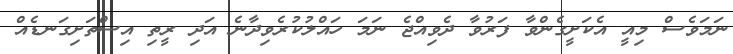
ނަމަވެސް މިއީ އެކަށީގެންވާ ފަރުވާ ދެވިއްޖެ ނަމަ ހައްލުކުރެވިދާނެ އަދި ރީތި އިސްތަށިގަނޑެއް